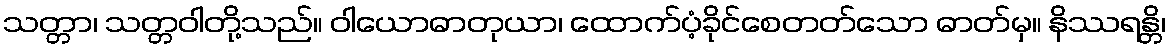
သတ္တာ၊ သတ္တဝါတို့သည်။ ဝါယောဓာတုယာ၊ ထောက်ပံ့ခိုင်စေတတ်သော ဓာတ်မှ။ နိဿရန္တိ၊